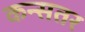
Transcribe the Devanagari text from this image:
कन्सतर